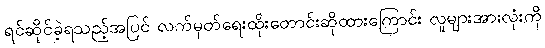
ရင်ဆိုင်ခဲ့ရသည့်အပြင် လက်မှတ်ရေးထိုးတောင်းဆိုထားကြောင်း လူများအားလုံးကို